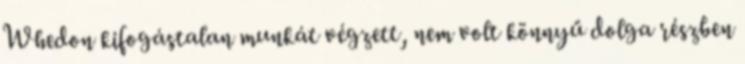
Whedon kifogástalan munkát végzett, nem volt könnyű dolga részben